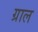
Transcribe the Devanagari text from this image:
ग्राल